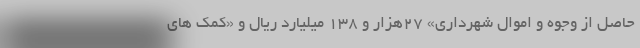
حاصل از وجوه و اموال شهرداری» ۲۷هزار و ۱۳۸ میلیارد ریال و «کمک های